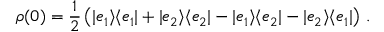
\rho ( 0 ) = \frac { 1 } { 2 } \left( | e _ { 1 } \rangle \langle e _ { 1 } | + | e _ { 2 } \rangle \langle e _ { 2 } | - | e _ { 1 } \rangle \langle e _ { 2 } | - | e _ { 2 } \rangle \langle e _ { 1 } | \right) \, .